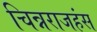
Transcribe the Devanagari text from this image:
चिन्नराजहंस